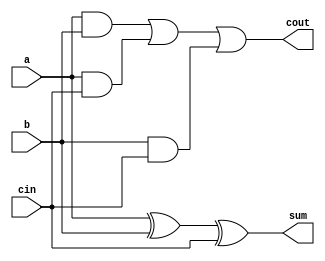
module adder_1_bit (
    input a,input b,input cin, output sum,output cout
    );
    xor(sum,a,b,cin);
    wire f1,f2,f3;
    and(f1,a,b);
    and(f2,a,cin);
    and(f3,b,cin);
    or(cout,f1,f2,f3);
endmodule

module adder_8_bit(
    input [7:0] a,b,
    input cin,
    output [7:0] sum,
    output cout
    );
    wire [6:0] c;
    adder_1_bit adder0(a[0],b[0],cin,sum[0],c[0]);
    adder_1_bit adder1(a[1],b[1],c[0],sum[1],c[1]);
    adder_1_bit adder2(a[2],b[2],c[1],sum[2],c[2]);
    adder_1_bit adder3(a[3],b[3],c[2],sum[3],c[3]);
    adder_1_bit adder4(a[4],b[4],c[3],sum[4],c[4]);
    adder_1_bit adder5(a[5],b[5],c[4],sum[5],c[5]);
    adder_1_bit adder6(a[6],b[6],c[5],sum[6],c[6]);
    adder_1_bit adder7(a[7],b[7],c[6],sum[7],cout);
endmodule


module adder_32_bit(
    input [31:0] a,b,
    input cin,
    output [31:0] sum
    );
    wire [2:0] c;
    wire cout;
    adder_8_bit adder0(a[7:0],b[7:0],cin,sum[7:0],c[0]);
    adder_8_bit adder1(a[15:8],b[15:8],c[0],sum[15:8],c[1]);
    adder_8_bit adder2(a[23:16],b[23:16],c[1],sum[23:16],c[2]);
    adder_8_bit adder3(a[31:24],b[31:24],c[2],sum[31:24],cout);
endmodule


module xor_8_bit(
    input [7:0] a,b,
    output [7:0] sum
    );
    xor xor0(sum[0],a[0],b[0]);
    xor xor1(sum[1],a[1],b[1]);
    xor xor2(sum[2],a[2],b[2]);
    xor xor3(sum[3],a[3],b[3]);
    xor xor4(sum[4],a[4],b[4]);
    xor xor5(sum[5],a[5],b[5]);
    xor xor6(sum[6],a[6],b[6]);
    xor xor7(sum[7],a[7],b[7]);
endmodule

module xor_32_bit(
    input [31:0] a,b,
    output [31:0] sum
    );
    xor_8_bit xor0(a[7:0],b[7:0],sum[7:0]);
    xor_8_bit xor1(a[15:8],b[15:8],sum[15:8]);
    xor_8_bit xor2(a[23:16],b[23:16],sum[23:16]);
    xor_8_bit xor3(a[31:24],b[31:24],sum[31:24]);
endmodule

module subtracter_32_bit(
    input [31:0] a,b,
    output [31:0] sum
    );
    wire [31:0] b_;
    parameter ONES = 32'b11111111_11111111_11111111_11111111;
    xor_32_bit xor0(ONES,b,b_);
    adder_32_bit adder0(a,b_,1'b1,sum);
endmodule


module and_8_bit(
    input [7:0] a,b,
    output [7:0] sum
    );
    and and0(sum[0],a[0],b[0]);
    and and1(sum[1],a[1],b[1]);
    and and2(sum[2],a[2],b[2]);
    and and3(sum[3],a[3],b[3]);
    and and4(sum[4],a[4],b[4]);
    and and5(sum[5],a[5],b[5]);
    and and6(sum[6],a[6],b[6]);
    and and7(sum[7],a[7],b[7]);
endmodule

module and_32_bit(
    input [31:0] a,b,
    output [31:0] sum
    );
    and_8_bit and0(a[7:0],b[7:0],sum[7:0]);
    and_8_bit and1(a[15:8],b[15:8],sum[15:8]);
    and_8_bit and2(a[23:16],b[23:16],sum[23:16]);
    and_8_bit and3(a[31:24],b[31:24],sum[31:24]);
endmodule

module or_8_bit(
    input [7:0] a,b,
    output [7:0] sum
    );
    or or0(sum[0],a[0],b[0]);
    or or1(sum[1],a[1],b[1]);
    or or2(sum[2],a[2],b[2]);
    or or3(sum[3],a[3],b[3]);
    or or4(sum[4],a[4],b[4]);
    or or5(sum[5],a[5],b[5]);
    or or6(sum[6],a[6],b[6]);
    or or7(sum[7],a[7],b[7]);
endmodule

module or_32_bit(
    input [31:0] a,b,
    output [31:0] sum
    );
    or_8_bit or0(a[7:0],b[7:0],sum[7:0]);
    or_8_bit or1(a[15:8],b[15:8],sum[15:8]);
    or_8_bit or2(a[23:16],b[23:16],sum[23:16]);
    or_8_bit or3(a[31:24],b[31:24],sum[31:24]);
endmodule

module not_8_bit(
    input [7:0] a,
    output [7:0] sum
    );
    not not0(sum[0],a[0]);
    not not1(sum[1],a[1]);
    not not2(sum[2],a[2]);
    not not3(sum[3],a[3]);
    not not4(sum[4],a[4]);
    not not5(sum[5],a[5]);
    not not6(sum[6],a[6]);
    not not7(sum[7],a[7]);
endmodule

module not_32_bit(
    input [31:0] a,
    output [31:0] sum
    );
    not_8_bit not0(a[7:0],sum[7:0]);
    not_8_bit not1(a[15:8],sum[15:8]);
    not_8_bit not2(a[23:16],sum[23:16]);
    not_8_bit not3(a[31:24],sum[31:24]);
endmodule


module SLA_32_bit(
    input [31:0] a,
    input shift,
    output [31:0] out
);
    assign out = a << shift;
endmodule

module SRA_32_bit(
    input signed [31:0] a,
    input shift,
    output signed [31:0] out
);
    assign out = a >>> shift;
endmodule

module SRL_32_bit(
    input [31:0] a,
    input shift,
    output [31:0] out
);
    assign out = a >> shift;
endmodule


module MUX2I_4(
    input wire [3:0]a,
    input wire [3:0]b,
    input wire sel,
    output wire [3:0] out
);

    wire [3:0]options[1:0];
    assign options[0] = a;
    assign options[1] = b;
    assign out = options[sel];
endmodule


module MUX2I(
    input wire [31:0]a,
    input wire [31:0]b,
    input wire sel,
    output wire [31:0] out
);

    wire [31:0]options[1:0];
    assign options[0] = a;
    assign options[1] = b;
    assign out = options[sel];
endmodule

module MUX3I(
    input wire [31:0]a,
    input wire [31:0]b,
    input wire [31:0]c,
    input wire [1:0]sel,
    output wire [31:0] out
);

    wire [31:0]options[2:0];
    assign options[0] = a;
    assign options[1] = b;
    assign options[2] = c;
    assign out = options[sel];
endmodule

module CMP(
    input wire [31:0]a,
    output wire eqz,
    output wire gz,
    output wire lz
);
    wire sign_bit;
    assign sign_bit = a[31];
    assign eqz = (a == 0);
    assign gz = (sign_bit == 0);  //sign bit is 0
    assign lz = (sign_bit == 1);  //sign bit is 1
endmodule


module SIGN_MOD(input [15:0]imm,output [31:0]ex_imm);
    assign ex_imm = {{16{imm[15]}},imm};
endmodule


module ALU_32_bit(input [31:0]a,input [31:0]b,input [3:0]select ,output [31:0]alu_out);
    wire [31:0]out[8:0];
    wire ONE,ZERO;
    assign ONE = 1;
    assign ZERO = 0;
    adder_32_bit 		alu1(a,b,ZERO,out[0]);
    xor_32_bit 		alu2(a,b,out[1]);
    subtracter_32_bit 	alu3(a,b,out[2]);
    not_32_bit 		alu4(a,out[3]);
    or_32_bit 		alu5(a,b,out[4]);
    and_32_bit 		alu6(a,b,out[5]);
    SLA_32_bit 		alu7(a,b[0],out[6]);
    SRA_32_bit 		alu8(a,b[0],out[7]);
    SRL_32_bit 		alu9(a,b[0],out[8]);
    assign alu_out = out[select];
endmodule